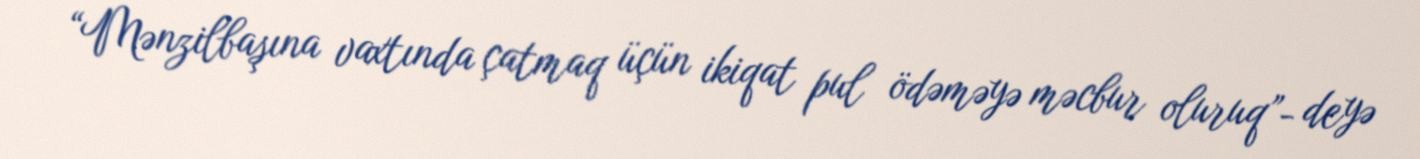
“Mənzilbaşına vaxtında çatmaq üçün ikiqat pul ödəməyə məcbur oluruq”- deyə